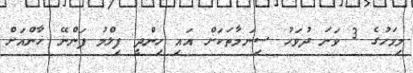
މިމަހުގެ 3 ވަނަ ދުވަހު ސިނަމާތަކަށް އައި ހިންދީ ފިލްމު ފަންނޭ ޚާންއަށް